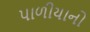
પાળીયાનો